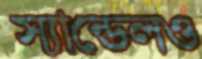
স্যান্ডেলও